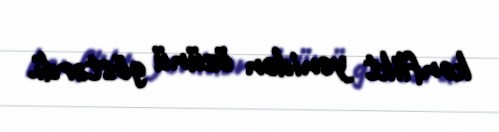
konflikt yenidən özünü göstərdi.